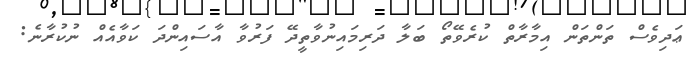
ޢަދިވެސް ތަންތަން އިމާރާތް ކުރެވޭތޯ ބަލާ ދަރިމައިނުވާތީދޭ ފަރުވާ އާސައިންދަ ކަވާއެއް ނުކުރާނެ: